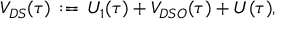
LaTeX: V _ { D S } ( \tau ) \, : = \, U _ { 1 } ( \tau ) + { V } _ { D S O } ( \tau ) + U ( \tau ) ,